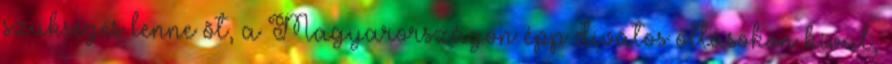
szükséges lenne õt, a Magyarországon épp divatos oltásokon kívül,